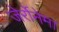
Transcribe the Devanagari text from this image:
जेर्रोनेमा